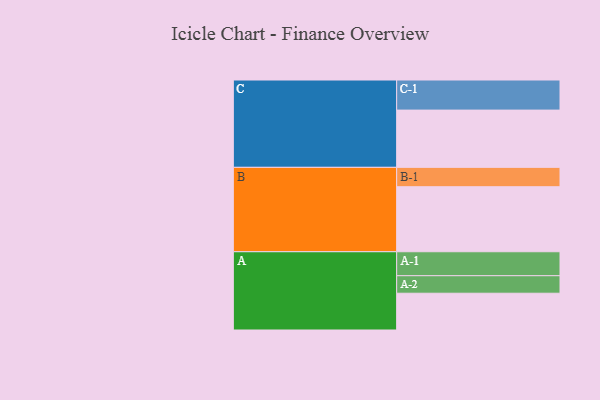
{"axis": {"x": "Segment", "y": "Value"}, "legend": ["", "A", "B", "C"], "data": [{"x": "A", "y": 336, "type": ""}, {"x": "B", "y": 594, "type": ""}, {"x": "C", "y": 523, "type": ""}, {"x": "A-1", "y": 219, "type": "A"}, {"x": "A-2", "y": 160, "type": "A"}, {"x": "B-1", "y": 177, "type": "B"}, {"x": "C-1", "y": 275, "type": "C"}]}